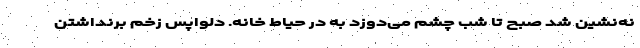
نه‌نشین شد صبح تا شب چشم می‌دوزد به در حیاط خانه. دلواپس زخم برنداشتن